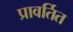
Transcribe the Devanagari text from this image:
प्रावर्तित